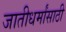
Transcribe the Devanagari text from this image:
जातीधर्मांसाठी